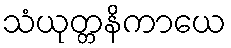
သံယုတ္တနိကာယေ